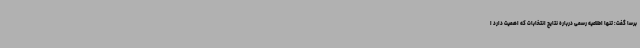
برسا گفت: تنها اطلاعیه رسمی درباره نتایج انتخابات که اهمیت دارد ا